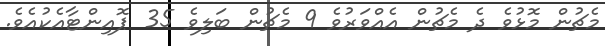
މެޗުން މޮޅުވެ ދެ މެޗުން އެއްވަރުވެ 9 މެޗުން ބަލިވެ 35 ޕޮއިންޓާއެކުއެވެ.